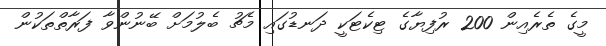
މީގެ ތެރެއިން 200 ރުފިޔާގެ ޓިކެޓަކީ ދަނޑުގައި މެޗު ބެލުމަށް ބޭނުންވާ ފަރާތްތަކުން